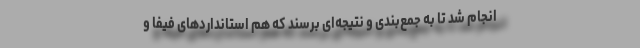
انجام شد تا به جمع‌بندی و نتیجه‌ای برسند که هم استانداردهای فیفا و